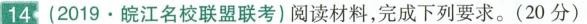
14.(2019.皖江名校联盟联考)阅读材料，完成下列要求。(20分)